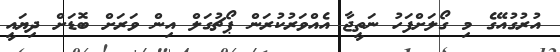
އުރުގުއޭގެ މި ގޯލަށްފަހު ނަތީޖާ އެއްވަރުކުރަން ޕޯޗުގަލް އިން ވަރަށް ބޮޑަށް ދިޔައީ